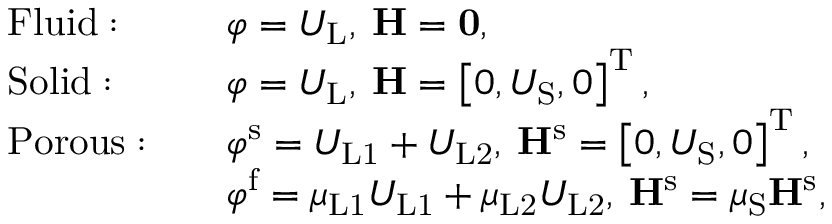
\begin{array} { r l r l } & { \mathrm { F l u i d : } } & & { \varphi = U _ { \mathrm { L } } , \: \mathbf { H } = \mathbf { 0 } , } \\ & { \mathrm { S o l i d : } } & & { \varphi = U _ { \mathrm { L } } , \: \mathbf { H } = \left[ 0 , U _ { \mathrm { S } } , 0 \right] ^ { \mathrm { T } } , } \\ & { \mathrm { P o r o u s : } } & & { \varphi ^ { \mathrm { s } } = U _ { \mathrm { L 1 } } + U _ { \mathrm { L 2 } } , \: \mathbf { H } ^ { \mathrm { s } } = \left[ 0 , U _ { \mathrm { S } } , 0 \right] ^ { \mathrm { T } } , } \\ & { } & & { \varphi ^ { \mathrm { f } } = \mu _ { \mathrm { L 1 } } U _ { \mathrm { L 1 } } + \mu _ { \mathrm { L 2 } } U _ { \mathrm { L 2 } } , \: \mathbf { H } ^ { \mathrm { s } } = \mu _ { \mathrm { S } } \mathbf { H } ^ { \mathrm { s } } , } \end{array}